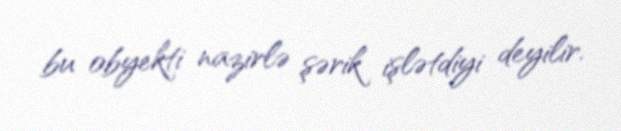
bu obyekti nazirlə şərik işlətdiyi deyilir.